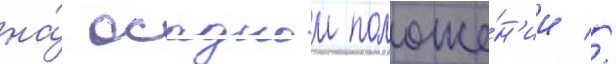
на́ осадном положе́н'ии //